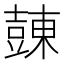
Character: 𧯾